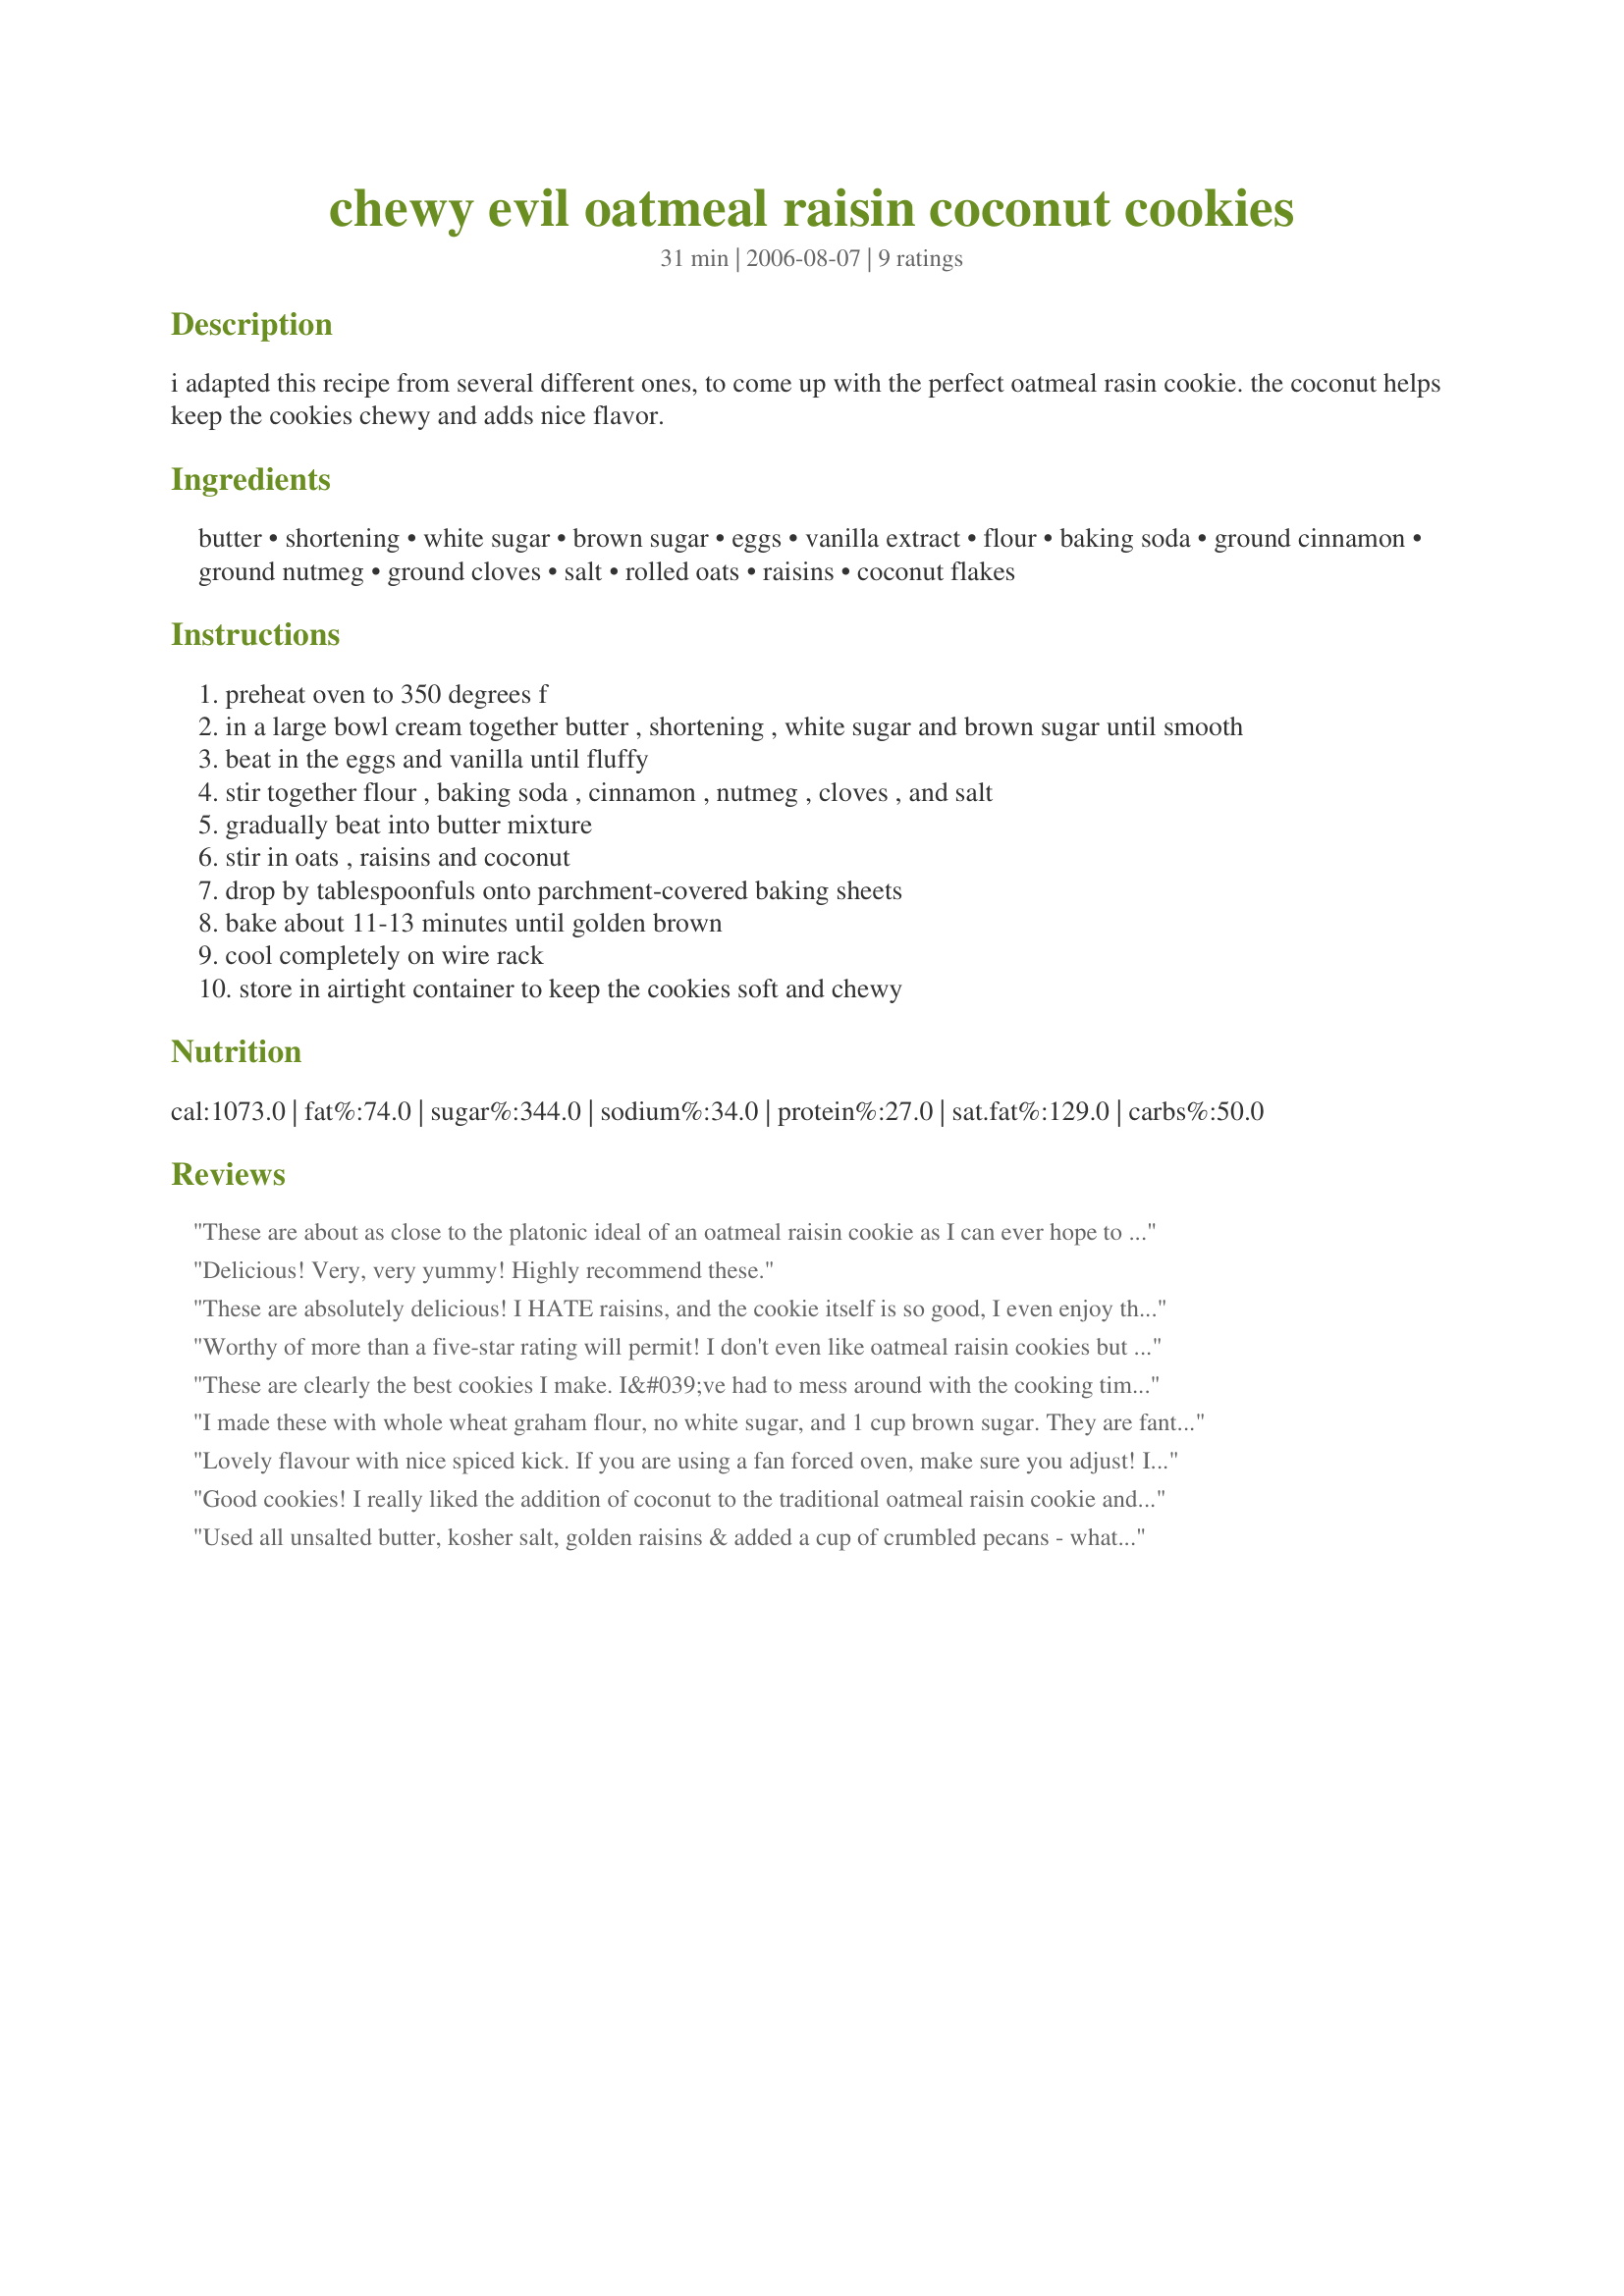
chewy evil oatmeal raisin coconut cookies
Preparation time: 31 minutes

i adapted this recipe from several different ones, to come up with the perfect oatmeal rasin cookie. the coconut helps keep the cookies chewy and adds nice flavor.

Ingredients:
butter, shortening, white sugar, brown sugar, eggs, vanilla extract, flour, baking soda, ground cinnamon, ground nutmeg, ground cloves, salt, rolled oats, raisins, coconut flakes

Steps:
preheat oven to 350 degrees f
in a large bowl cream together butter , shortening , white sugar and brown sugar until smooth
beat in the eggs and vanilla until fluffy
stir together flour , baking soda , cinnamon , nutmeg , cloves , and salt
gradually beat into butter mixture
stir in oats , raisins and coconut
drop by tablespoonfuls onto parchment-covered baking sheets
bake about 11-13 minutes until golden brown
cool completely on wire rack
store in airtight container to keep the cookies soft and chewy

Reviews:
These are about as close to the platonic ideal of an oatmeal raisin cookie as I can ever hope to find; crispy on the edges with chewy but not doughy centers, a real find after years of flaccid overly sweet failures.<br/><br/>I plumped the raisins in hot brandy and used dessicated coconut instead of flaked to make up the moisture difference (I didn't adjust the flour). Also, because I live in Mexico where the standard granulated sugar is actually light brown instead of the super-refined white we get in the states, I used a cup and a half of that, omitting the brown sugar, and called it good.<br/><br/>I let the dough rest for a few hours to develop the gluten for extra chewiness, then rolled and flattened them using the bottom of a glass. They didn't spread much and took about 12 minutes to bake on a greased (seriously, don't forget the grease) cookie sheet. <br/><br/>If there's one criticism, it's they're a *teensy* bit eggy, but eggs here tend to be a lot more intensely flavored than their US grocery store counterparts, so if you're using strong-flavored eggs from a local farm, you might want to omit one yolk.<br/><br/>Thank you, Chef Itchy Monkey, for my new go-to oatmeal raisin cookie recipe. It's been a long time coming!
Delicious! Very, very yummy! Highly recommend these.
These are absolutely delicious! I HATE raisins, and the cookie itself is so good, I even enjoy the raisins. I can't wait to substitute chocolate chips for the raisins. Everyone who ate one of these cookies LOVED them - lots of compliments! Thanks for this classic recipe.
Worthy of more than a five-star rating will permit! I don't even like oatmeal raisin cookies but these were outstanding. Made them for my husband and wound up eating several myself.
These are clearly the best cookies I make. I&#039;ve had to mess around with the cooking time since I live at 7,500 feet. I find that I must cook for a minimum of 16 to 18 minutes. Still I manage to keep them moist and chewy. They are better if the rest overnight. Before the next day they can fall apart on me. I&#039;m sure there&#039;s a secret, but I don&#039;t know it.
I made these with whole wheat graham flour, no white sugar, and 1 cup brown sugar. They are fantastic!!
Lovely flavour with nice spiced kick. If you are using a fan forced oven, make sure you adjust! I think a few chocolate chips would be nice too!
Good cookies! I really liked the addition of coconut to the traditional oatmeal raisin cookie and the spices are perfect. They came out a little more cakey than chewy, but the flavor is really good regardless.
Used all unsalted butter, kosher salt, golden raisins & added a cup of crumbled pecans - what a DELICIOUS cookie! Made immediately w/o chilling - they did not spread much at all. Crispy on the edges & bottom, mildly chewy in the center - absolute go-to keeper. Cookie snob in the house raved about them. Made cookies big - 2 - 3 T apiece - still got 30 cookies! TY for a permanent fixture for oatmeal cookies here Chef Itchy Monkey!!!
